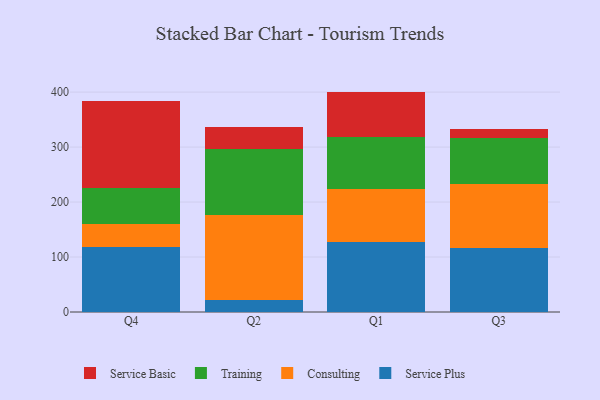
{"axis": {"x": "Quarter", "y": "Churn Rate (%)"}, "legend": ["Consulting", "Service Basic", "Service Plus", "Training"], "data": [{"x": "Q4", "y": 117.7, "type": "Service Plus"}, {"x": "Q4", "y": 41.6, "type": "Consulting"}, {"x": "Q4", "y": 66.2, "type": "Training"}, {"x": "Q4", "y": 159.2, "type": "Service Basic"}, {"x": "Q2", "y": 21.8, "type": "Service Plus"}, {"x": "Q2", "y": 155.5, "type": "Consulting"}, {"x": "Q2", "y": 119.9, "type": "Training"}, {"x": "Q2", "y": 39.9, "type": "Service Basic"}, {"x": "Q1", "y": 127.4, "type": "Service Plus"}, {"x": "Q1", "y": 96.3, "type": "Consulting"}, {"x": "Q1", "y": 94.2, "type": "Training"}, {"x": "Q1", "y": 83.0, "type": "Service Basic"}, {"x": "Q3", "y": 116.2, "type": "Service Plus"}, {"x": "Q3", "y": 117.3, "type": "Consulting"}, {"x": "Q3", "y": 83.5, "type": "Training"}, {"x": "Q3", "y": 16.1, "type": "Service Basic"}]}